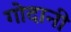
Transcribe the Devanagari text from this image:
गोदानी